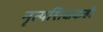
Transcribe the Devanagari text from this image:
नृत्यशिक्षकही